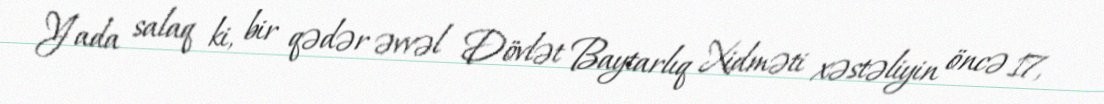
Yada salaq ki, bir qədər əvvəl Dövlət Baytarlıq Xidməti xəstəliyin öncə 17,